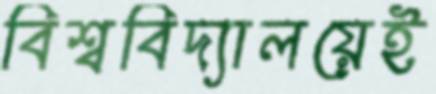
বিশ্ববিদ্যালয়েই